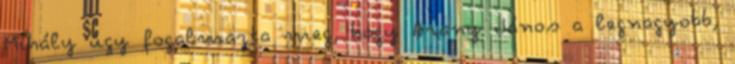
Mihály úgy fogalmazta meg, hogy Arany János a legnagyobb,